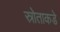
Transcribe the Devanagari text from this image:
स्रोताकडे